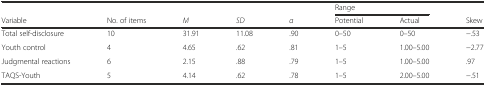
<table><thead><tr><td></td><td></td><td></td><td></td><td></td><td colspan="2"><b>Range</b></td><td></td></tr><tr><td><b>Variable</b></td><td><b>No. of items</b></td><td><b><i>M</i></b></td><td><b><i>SD</i></b></td><td><b><i>α</i></b></td><td><b>Potential</b></td><td><b>Actual</b></td><td><b>Skew</b></td></tr></thead><tbody><tr><td>Total self-disclosure</td><td>10</td><td>31.91</td><td>11.08</td><td>.90</td><td>0–50</td><td>0–50</td><td>−.53</td></tr><tr><td>Youth control</td><td>4</td><td>4.65</td><td>.62</td><td>.81</td><td>1–5</td><td>1.00–5.00</td><td>−2.77</td></tr><tr><td>Judgmental reactions</td><td>6</td><td>2.15</td><td>.88</td><td>.79</td><td>1–5</td><td>1.00–5.00</td><td>.97</td></tr><tr><td>TAQS-Youth</td><td>5</td><td>4.14</td><td>.62</td><td>.78</td><td>1–5</td><td>2.00–5.00</td><td>−.51</td></tr></tbody></table>